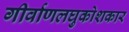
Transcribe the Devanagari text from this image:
गीर्वाणलघुकोशकार